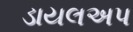
ડાયલઅપ